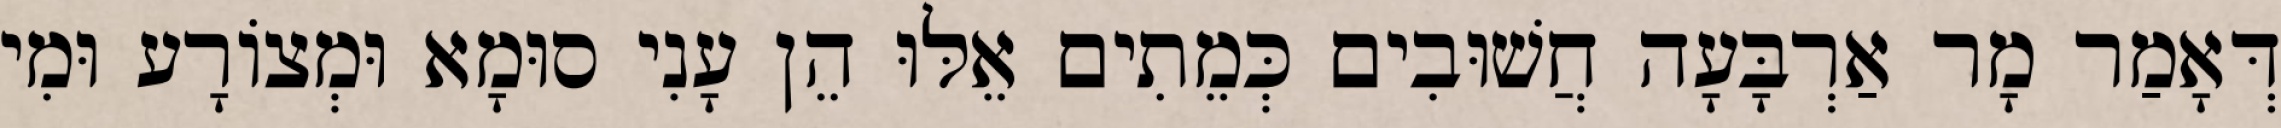
דְּאָמַר מָר אַרְבָּעָה חֲשׁוּבִים כְּמֵתִים אֵלּוּ הֵן עָנִי סוּמָא וּמְצוֹרָע וּמִי